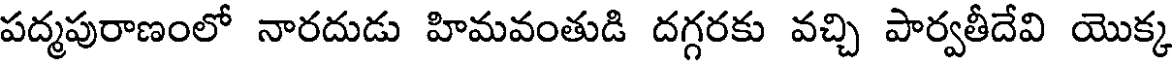
పద్మపురాణంలో నారదుడు హిమవంతుడి దగ్గరకు వచ్చి పార్వతీదేవి యొక్క